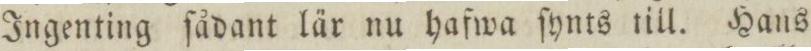
Ingenting ſådant lär nu hafwa ſynts till. Hans